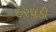
હરઘડી